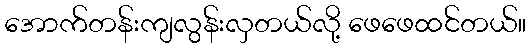
အောက်တန်းကျလွန်းလှတယ်လို့ ဖေဖေထင်တယ်။